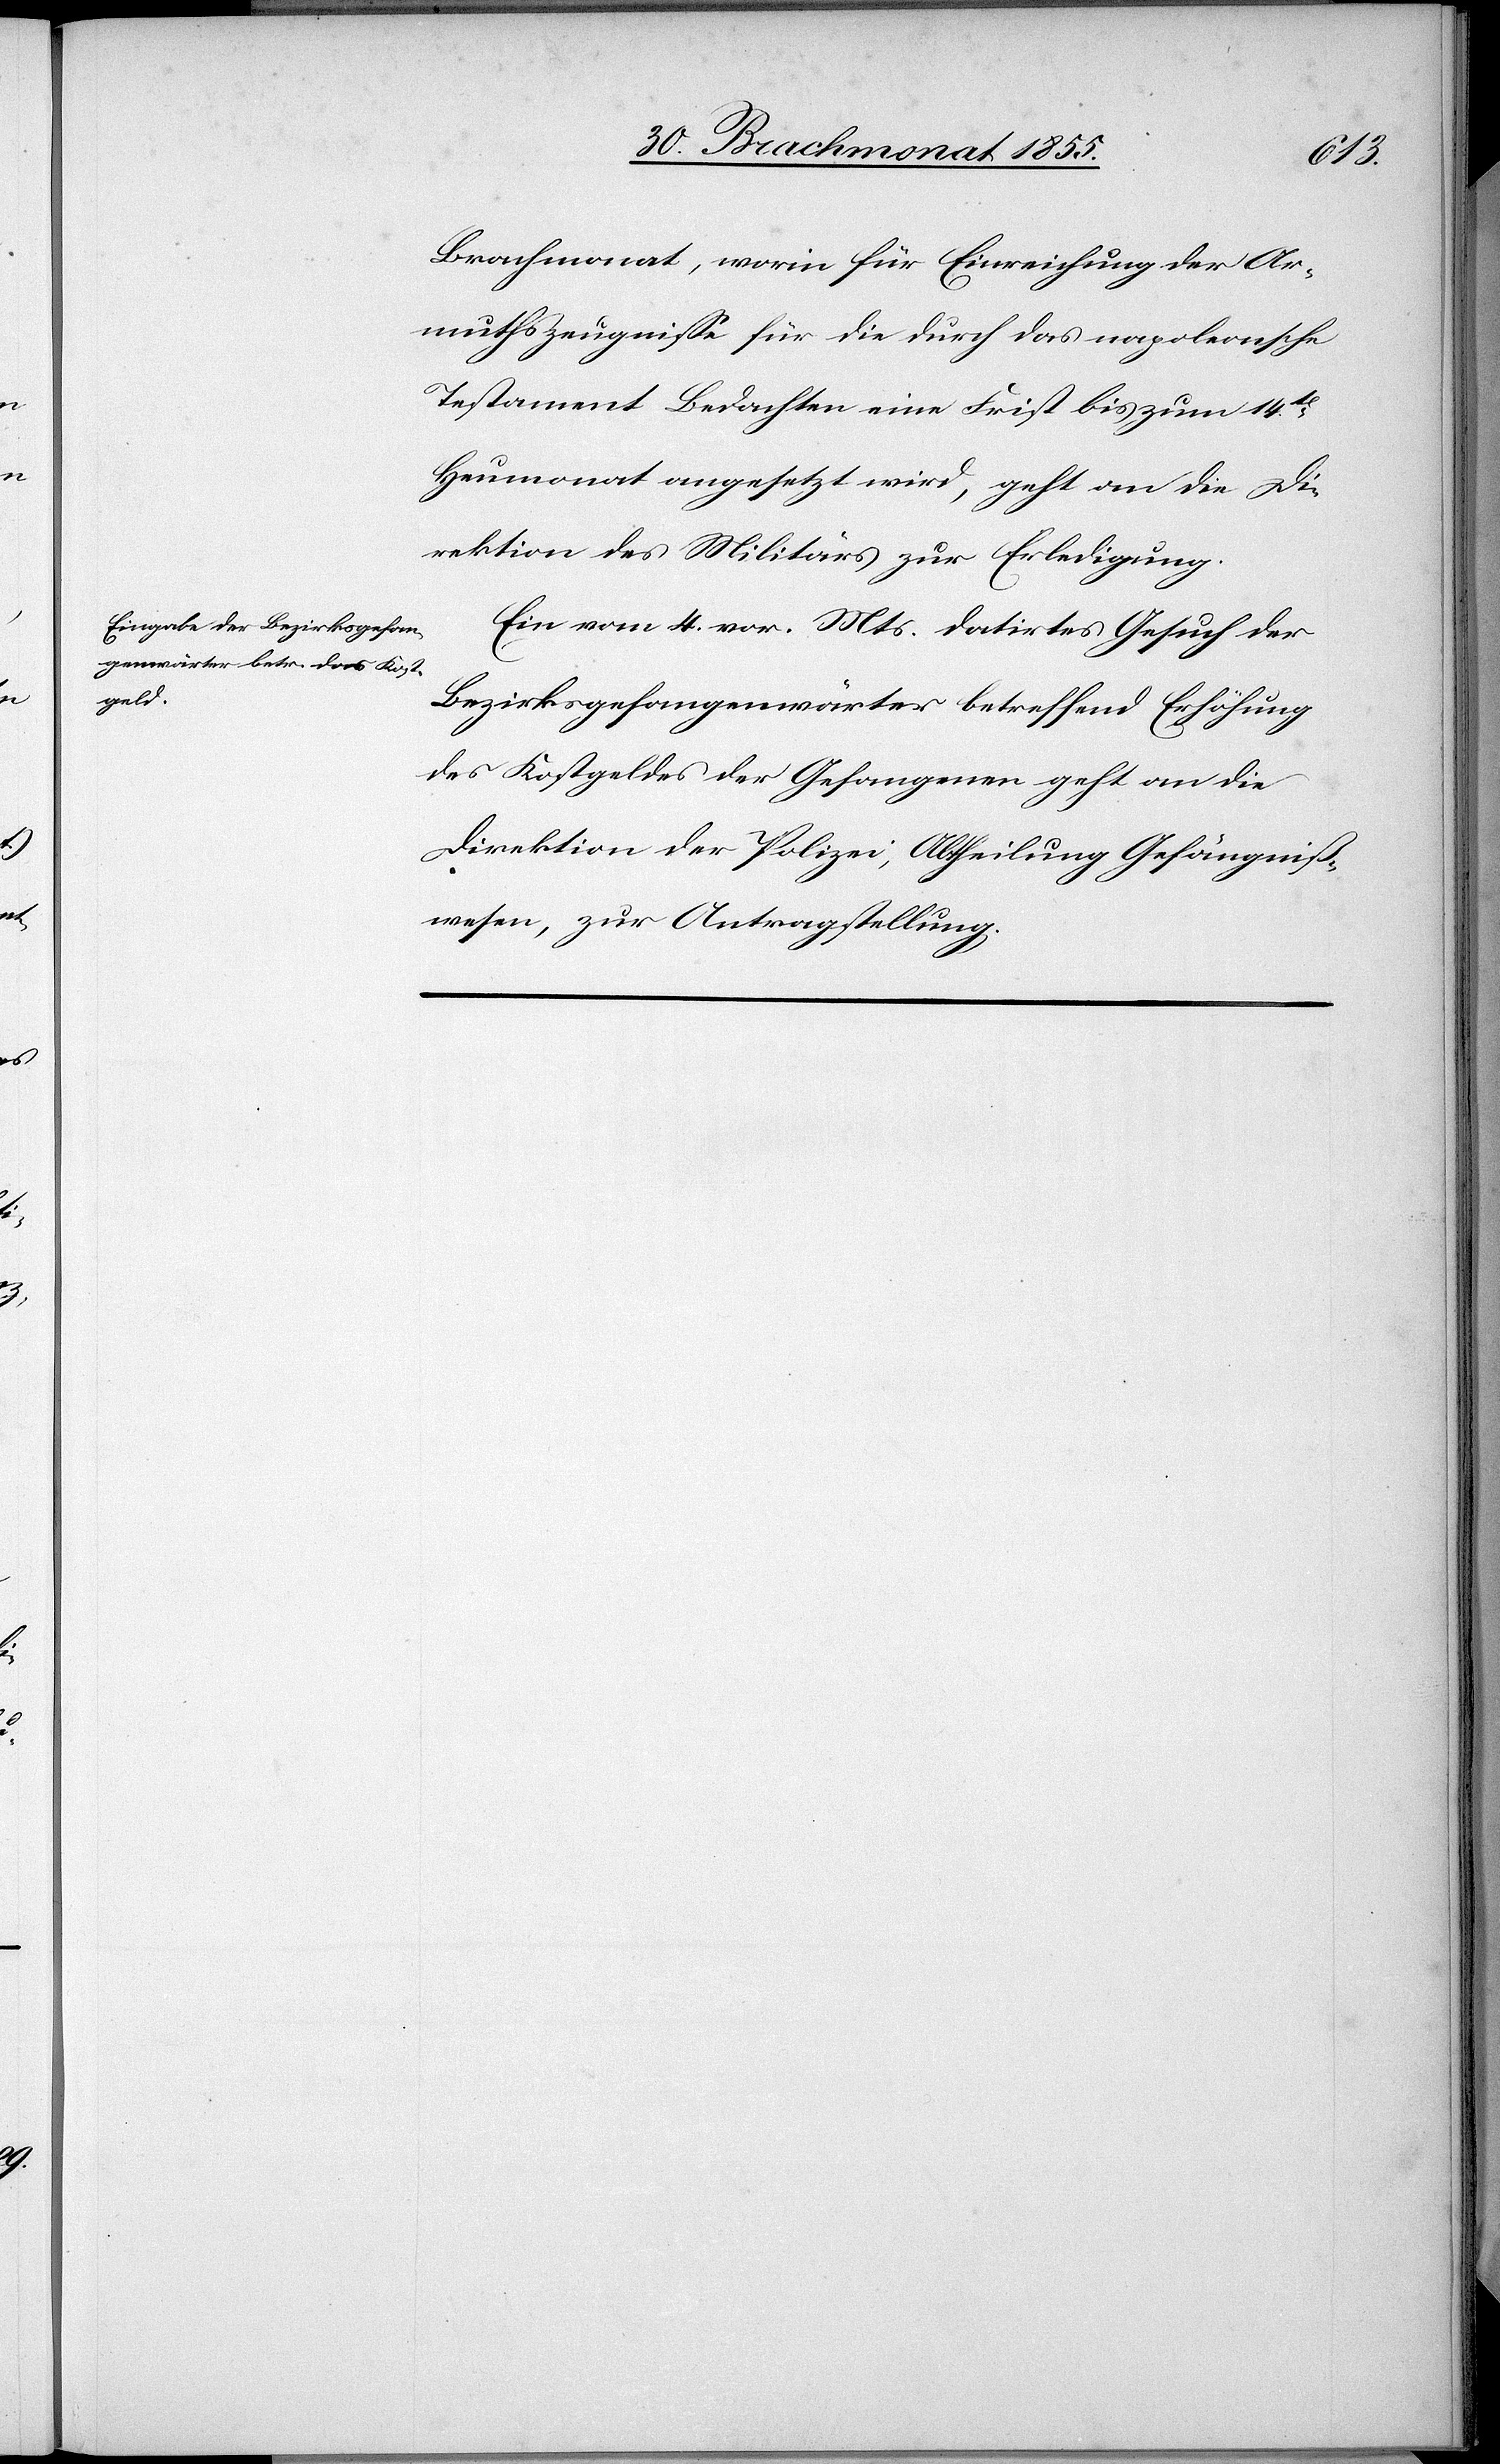
1. Heumonat 1855.]
den
Brachmonat, worin für Einreichung der Ar¬
muthszeugnisse für die durch das napoleonsche
Testament Bedachten eine Frist bis zum 14t[en]
Heumonat angesetzt wird, geht an die Di¬
rektion des Militärs zur Erledigung.
Ein vom 4. vor. Mts. datirtes Gesuch der
Bezirksgefangenwärter betreffend Erhöhung
des Kostgeldes der Gefangenen geht an die
Direktion der Polizei, Abtheilung Gefängniß¬
wesen, zur Antragstellung.